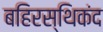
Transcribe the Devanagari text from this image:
बहिरस्थिकंद